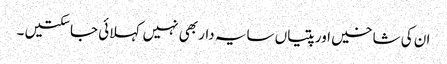
ان کی شاخیں اور پتیاں سایہ دار بھی نہیں کہلائی جاسکتیں ۔